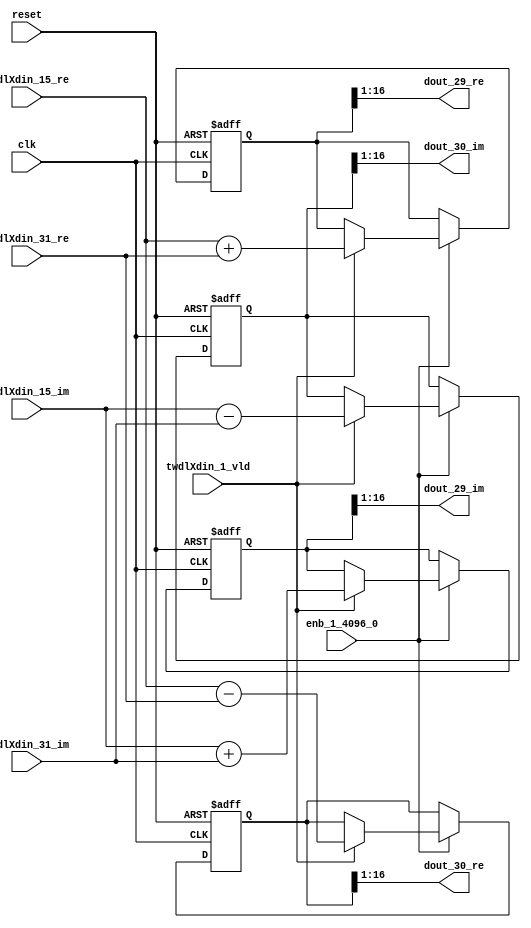
// -------------------------------------------------------------
// 
// 
// Generated by MATLAB 9.14 and HDL Coder 4.1
// 
// -------------------------------------------------------------


// -------------------------------------------------------------
// 
// Module: RADIX22FFT_SDNF1_3_block13
// Source Path: dsphdl.IFFT/RADIX22FFT_SDNF1_3
// Hierarchy Level: 4
// 
// -------------------------------------------------------------

`timescale 1 ns / 1 ns

module RADIX22FFT_SDNF1_3_block13
          (clk,
           reset,
           enb_1_4096_0,
           twdlXdin_15_re,
           twdlXdin_15_im,
           twdlXdin_31_re,
           twdlXdin_31_im,
           twdlXdin_1_vld,
           dout_29_re,
           dout_29_im,
           dout_30_re,
           dout_30_im);


  input   clk;
  input   reset;
  input   enb_1_4096_0;
  input   signed [15:0] twdlXdin_15_re;  // sfix16_En14
  input   signed [15:0] twdlXdin_15_im;  // sfix16_En14
  input   signed [15:0] twdlXdin_31_re;  // sfix16_En14
  input   signed [15:0] twdlXdin_31_im;  // sfix16_En14
  input   twdlXdin_1_vld;
  output  signed [15:0] dout_29_re;  // sfix16_En14
  output  signed [15:0] dout_29_im;  // sfix16_En14
  output  signed [15:0] dout_30_re;  // sfix16_En14
  output  signed [15:0] dout_30_im;  // sfix16_En14


  reg signed [16:0] Radix22ButterflyG1_NF_btf1_re_reg;  // sfix17
  reg signed [16:0] Radix22ButterflyG1_NF_btf1_im_reg;  // sfix17
  reg signed [16:0] Radix22ButterflyG1_NF_btf2_re_reg;  // sfix17
  reg signed [16:0] Radix22ButterflyG1_NF_btf2_im_reg;  // sfix17
  reg  Radix22ButterflyG1_NF_dinXtwdl_vld_dly1;
  reg signed [16:0] Radix22ButterflyG1_NF_btf1_re_reg_next;  // sfix17_En14
  reg signed [16:0] Radix22ButterflyG1_NF_btf1_im_reg_next;  // sfix17_En14
  reg signed [16:0] Radix22ButterflyG1_NF_btf2_re_reg_next;  // sfix17_En14
  reg signed [16:0] Radix22ButterflyG1_NF_btf2_im_reg_next;  // sfix17_En14
  reg  Radix22ButterflyG1_NF_dinXtwdl_vld_dly1_next;
  reg signed [15:0] dout_29_re_1;  // sfix16_En14
  reg signed [15:0] dout_29_im_1;  // sfix16_En14
  reg signed [15:0] dout_30_re_1;  // sfix16_En14
  reg signed [15:0] dout_30_im_1;  // sfix16_En14
  reg  dout_29_vld;
  reg signed [16:0] Radix22ButterflyG1_NF_add_cast;  // sfix17_En14
  reg signed [16:0] Radix22ButterflyG1_NF_add_cast_0;  // sfix17_En14
  reg signed [16:0] Radix22ButterflyG1_NF_sra_temp;  // sfix17_En14
  reg signed [16:0] Radix22ButterflyG1_NF_sub_cast;  // sfix17_En14
  reg signed [16:0] Radix22ButterflyG1_NF_sub_cast_0;  // sfix17_En14
  reg signed [16:0] Radix22ButterflyG1_NF_sra_temp_0;  // sfix17_En14
  reg signed [16:0] Radix22ButterflyG1_NF_add_cast_1;  // sfix17_En14
  reg signed [16:0] Radix22ButterflyG1_NF_add_cast_2;  // sfix17_En14
  reg signed [16:0] Radix22ButterflyG1_NF_sra_temp_1;  // sfix17_En14
  reg signed [16:0] Radix22ButterflyG1_NF_sub_cast_1;  // sfix17_En14
  reg signed [16:0] Radix22ButterflyG1_NF_sub_cast_2;  // sfix17_En14
  reg signed [16:0] Radix22ButterflyG1_NF_sra_temp_2;  // sfix17_En14


  // Radix22ButterflyG1_NF
  always @(posedge clk or posedge reset)
    begin : Radix22ButterflyG1_NF_process
      if (reset == 1'b1) begin
        Radix22ButterflyG1_NF_btf1_re_reg <= 17'sb00000000000000000;
        Radix22ButterflyG1_NF_btf1_im_reg <= 17'sb00000000000000000;
        Radix22ButterflyG1_NF_btf2_re_reg <= 17'sb00000000000000000;
        Radix22ButterflyG1_NF_btf2_im_reg <= 17'sb00000000000000000;
        Radix22ButterflyG1_NF_dinXtwdl_vld_dly1 <= 1'b0;
      end
      else begin
        if (enb_1_4096_0) begin
          Radix22ButterflyG1_NF_btf1_re_reg <= Radix22ButterflyG1_NF_btf1_re_reg_next;
          Radix22ButterflyG1_NF_btf1_im_reg <= Radix22ButterflyG1_NF_btf1_im_reg_next;
          Radix22ButterflyG1_NF_btf2_re_reg <= Radix22ButterflyG1_NF_btf2_re_reg_next;
          Radix22ButterflyG1_NF_btf2_im_reg <= Radix22ButterflyG1_NF_btf2_im_reg_next;
          Radix22ButterflyG1_NF_dinXtwdl_vld_dly1 <= Radix22ButterflyG1_NF_dinXtwdl_vld_dly1_next;
        end
      end
    end

  always @(Radix22ButterflyG1_NF_btf1_im_reg, Radix22ButterflyG1_NF_btf1_re_reg,
       Radix22ButterflyG1_NF_btf2_im_reg, Radix22ButterflyG1_NF_btf2_re_reg,
       Radix22ButterflyG1_NF_dinXtwdl_vld_dly1, twdlXdin_15_im, twdlXdin_15_re,
       twdlXdin_1_vld, twdlXdin_31_im, twdlXdin_31_re) begin
    Radix22ButterflyG1_NF_add_cast = 17'sb00000000000000000;
    Radix22ButterflyG1_NF_add_cast_0 = 17'sb00000000000000000;
    Radix22ButterflyG1_NF_sub_cast = 17'sb00000000000000000;
    Radix22ButterflyG1_NF_sub_cast_0 = 17'sb00000000000000000;
    Radix22ButterflyG1_NF_add_cast_1 = 17'sb00000000000000000;
    Radix22ButterflyG1_NF_add_cast_2 = 17'sb00000000000000000;
    Radix22ButterflyG1_NF_sub_cast_1 = 17'sb00000000000000000;
    Radix22ButterflyG1_NF_sub_cast_2 = 17'sb00000000000000000;
    Radix22ButterflyG1_NF_btf1_re_reg_next = Radix22ButterflyG1_NF_btf1_re_reg;
    Radix22ButterflyG1_NF_btf1_im_reg_next = Radix22ButterflyG1_NF_btf1_im_reg;
    Radix22ButterflyG1_NF_btf2_re_reg_next = Radix22ButterflyG1_NF_btf2_re_reg;
    Radix22ButterflyG1_NF_btf2_im_reg_next = Radix22ButterflyG1_NF_btf2_im_reg;
    Radix22ButterflyG1_NF_dinXtwdl_vld_dly1_next = twdlXdin_1_vld;
    if (twdlXdin_1_vld) begin
      Radix22ButterflyG1_NF_add_cast = {twdlXdin_15_re[15], twdlXdin_15_re};
      Radix22ButterflyG1_NF_add_cast_0 = {twdlXdin_31_re[15], twdlXdin_31_re};
      Radix22ButterflyG1_NF_btf1_re_reg_next = Radix22ButterflyG1_NF_add_cast + Radix22ButterflyG1_NF_add_cast_0;
      Radix22ButterflyG1_NF_sub_cast = {twdlXdin_15_re[15], twdlXdin_15_re};
      Radix22ButterflyG1_NF_sub_cast_0 = {twdlXdin_31_re[15], twdlXdin_31_re};
      Radix22ButterflyG1_NF_btf2_re_reg_next = Radix22ButterflyG1_NF_sub_cast - Radix22ButterflyG1_NF_sub_cast_0;
      Radix22ButterflyG1_NF_add_cast_1 = {twdlXdin_15_im[15], twdlXdin_15_im};
      Radix22ButterflyG1_NF_add_cast_2 = {twdlXdin_31_im[15], twdlXdin_31_im};
      Radix22ButterflyG1_NF_btf1_im_reg_next = Radix22ButterflyG1_NF_add_cast_1 + Radix22ButterflyG1_NF_add_cast_2;
      Radix22ButterflyG1_NF_sub_cast_1 = {twdlXdin_15_im[15], twdlXdin_15_im};
      Radix22ButterflyG1_NF_sub_cast_2 = {twdlXdin_31_im[15], twdlXdin_31_im};
      Radix22ButterflyG1_NF_btf2_im_reg_next = Radix22ButterflyG1_NF_sub_cast_1 - Radix22ButterflyG1_NF_sub_cast_2;
    end
    Radix22ButterflyG1_NF_sra_temp = Radix22ButterflyG1_NF_btf1_re_reg >>> 8'd1;
    dout_29_re_1 = Radix22ButterflyG1_NF_sra_temp[15:0];
    Radix22ButterflyG1_NF_sra_temp_0 = Radix22ButterflyG1_NF_btf1_im_reg >>> 8'd1;
    dout_29_im_1 = Radix22ButterflyG1_NF_sra_temp_0[15:0];
    Radix22ButterflyG1_NF_sra_temp_1 = Radix22ButterflyG1_NF_btf2_re_reg >>> 8'd1;
    dout_30_re_1 = Radix22ButterflyG1_NF_sra_temp_1[15:0];
    Radix22ButterflyG1_NF_sra_temp_2 = Radix22ButterflyG1_NF_btf2_im_reg >>> 8'd1;
    dout_30_im_1 = Radix22ButterflyG1_NF_sra_temp_2[15:0];
    dout_29_vld = Radix22ButterflyG1_NF_dinXtwdl_vld_dly1;
  end



  assign dout_29_re = dout_29_re_1;

  assign dout_29_im = dout_29_im_1;

  assign dout_30_re = dout_30_re_1;

  assign dout_30_im = dout_30_im_1;

endmodule  // RADIX22FFT_SDNF1_3_block13